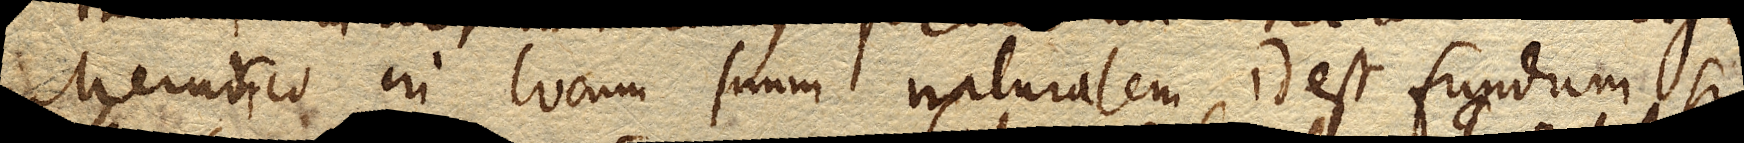
Mercurio in locum suum naturalem id est fundum